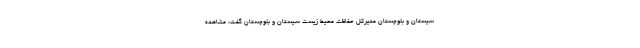
سیستان و بلوچستان مدیرکل حفاظت محیط زیست سیستان و بلوچستان گفت: مشاهده